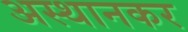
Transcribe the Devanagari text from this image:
अस्थानकर